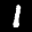
Label: 1